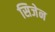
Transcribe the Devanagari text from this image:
सिजेन